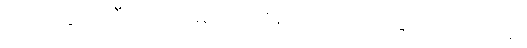
သို့ရာတွင် ကြီးဒေါ်က မျက်ရည်များကို သုတ်ခြင်း မပြုတော့။